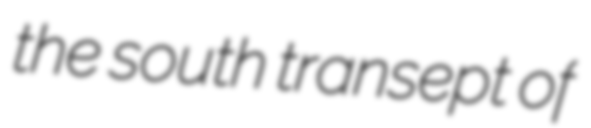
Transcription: the south transept of